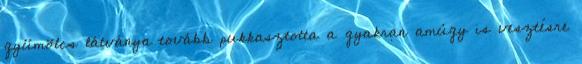
gyümölcs látványa tovább pukkasztotta a gyakran amúgy is vesztésre